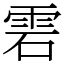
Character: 雼